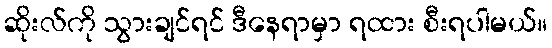
ဆိုးလ်ကို သွားချင်ရင် ဒီနေရာမှာ ရထား စီးရပါမယ်။